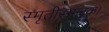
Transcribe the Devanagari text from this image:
स्मृतीस्मारक।